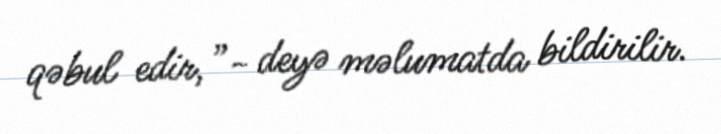
qəbul edir,”- deyə məlumatda bildirilir.